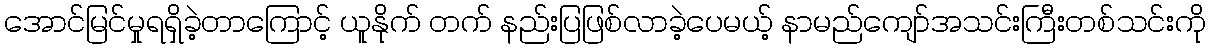
အောင်မြင်မှုရရှိခဲ့တာကြောင့် ယူနိုက် တက် နည်းပြဖြစ်လာခဲ့ပေမယ့် နာမည်ကျော်အသင်းကြီးတစ်သင်းကို